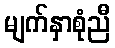
မျက်နှာစုံညီ